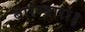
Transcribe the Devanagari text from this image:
बारम्बारा॥